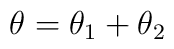
\theta = \theta_{1} + \theta_{2}